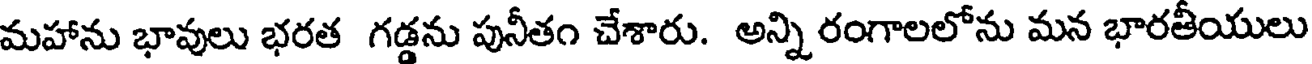
మహాను భావులు భరత గడ్డను పునీతం చేశారు. అన్ని రంగాలలోను మన భారతీయులు